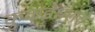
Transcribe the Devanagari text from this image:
कुकडेश्वराचे